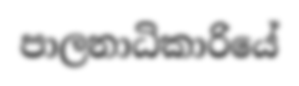
පාලනාධිකාරියේ